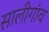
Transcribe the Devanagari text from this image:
सालीगांव